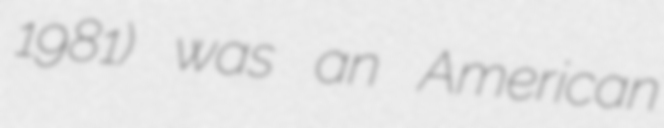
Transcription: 1981) was an American